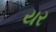
યર